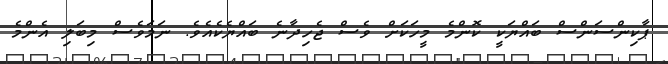
ޕާކިންސަންސް ބައްޔަކީ ކޮންމެ މީހަކަށް ވެސް ޖެހިދާނެ ބައްޔެކެއެވެ. ނަމަވެސް މިބަލި އެންމެ